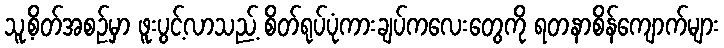
သူ့စိတ်အစဉ်မှာ ဖူးပွင့်လာသည့် စိတ်ရုပ်ပုံကားချပ်ကလေးတွေကို ရတနာစိန်ကျောက်များ